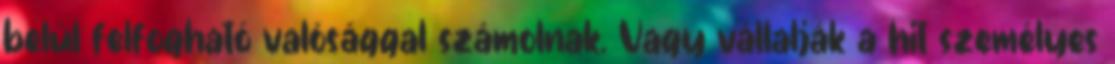
belül felfogható valósággal számolnak. Vagy vállalják a hit személyes